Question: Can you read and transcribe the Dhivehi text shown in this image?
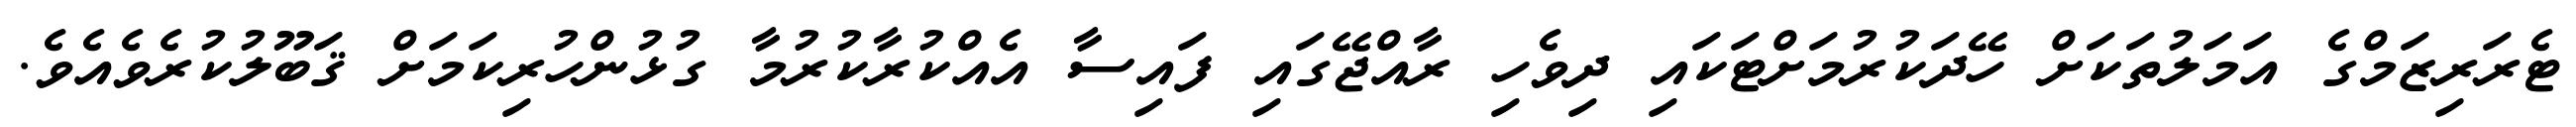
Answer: ޓެރަރިޒަމްގެ އަމަލުތަކަށް ހޭދަކުރުމަށްޓަކައި ދިވެހި ރާއްޖޭގައި ފައިސާ އެއްކުރާކުރުމާ ގުޅުންހުރިކަމަށް ޤަބޫލުކުރެވެއެވެ.